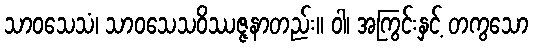
သာဝသေသံ၊ သာဝသေသဝိဿဇ္ဇနာတည်း။ ဝါ၊ အကြွင်းနှင့် တကွသော